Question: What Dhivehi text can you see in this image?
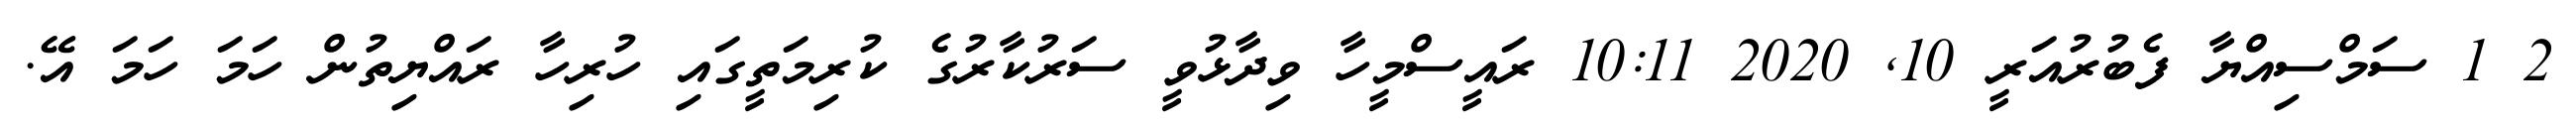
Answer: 2 1 ސަމްސިއްޔާ ފެބުރުއަރީ 10, 2020 10:11 ރައީސްމީހާ ވިދާޅުވީ ސަރުކާރުގެ ކުރިމަތީގައި ހުރިހާ ރައްޔިތުން ހަމަ ހަމަ އޭ.